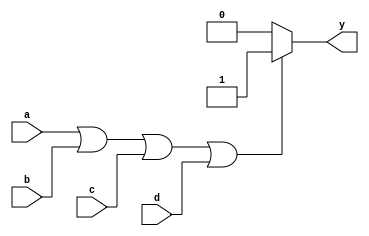
module or_gate (
  input wire a,
  input wire b,
  input wire c,
  input wire d,
  output reg y
);

always @* begin
  if (a | b | c | d)
    y = 1;
  else
    y = 0;
end

endmodule